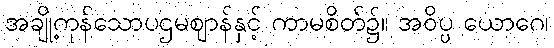
အချို့ကုန်သောပဌမဈာန်နှင့် ကာမစိတ်၌။ အဝိပ္ပ ယောဂေ၊